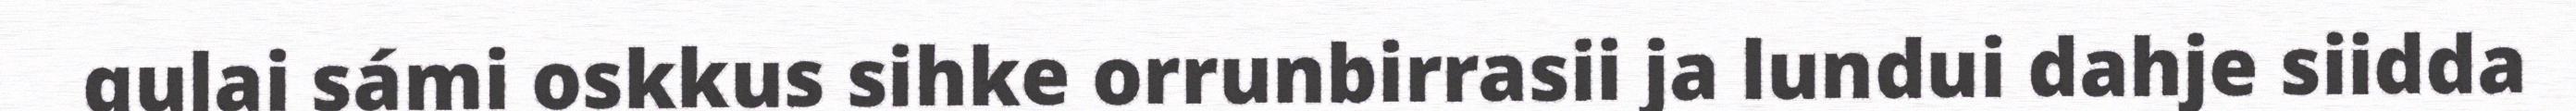
gulai sámi oskkus sihke orrunbirrasii ja lundui dahje siidda